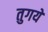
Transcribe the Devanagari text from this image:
तुगये